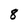
Character: 8